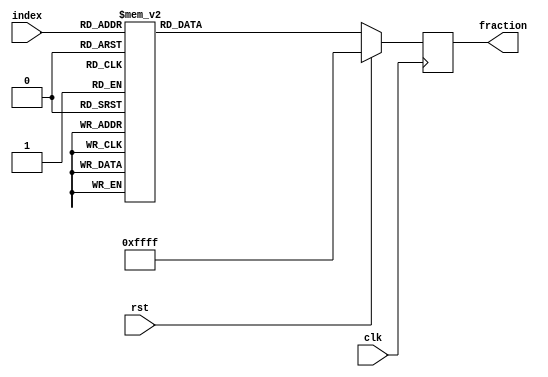
// This program was cloned from: https://github.com/IBM/AccDNN
// License: Apache License 2.0

module fraction_table (clk, rst, index, fraction);
input clk;
input rst;
input [5:0] index;
output reg[15:0] fraction;

always @ (posedge clk)
begin 
  if (rst)
    fraction <= 16'hFFFF;
  else
    begin
      case (index)
        6'd0:  fraction <= 16'd8192;
        6'd1:  fraction <= 16'd4096;
        6'd2:  fraction <= 16'd2730;
        6'd3:  fraction <= 16'd2048;
        6'd4:  fraction <= 16'd1638;
        6'd5:  fraction <= 16'd1365;
        6'd6:  fraction <= 16'd1170;
        6'd7:  fraction <= 16'd1024;
        6'd8:  fraction <= 16'd910;
        6'd9:  fraction <= 16'd819;
        6'd10:  fraction <= 16'd744;
        6'd11:  fraction <= 16'd682;
        6'd12:  fraction <= 16'd630;
        6'd13:  fraction <= 16'd585;
        6'd14:  fraction <= 16'd546;
        6'd15:  fraction <= 16'd512;
        6'd16:  fraction <= 16'd481;
        6'd17:  fraction <= 16'd455;
        6'd18:  fraction <= 16'd431;
        6'd19:  fraction <= 16'd409;
        6'd20:  fraction <= 16'd390;
        6'd21:  fraction <= 16'd372;
        6'd22:  fraction <= 16'd356;
        6'd23:  fraction <= 16'd341;
        6'd24:  fraction <= 16'd327;
        6'd25:  fraction <= 16'd315;
        6'd26:  fraction <= 16'd303;
        6'd27:  fraction <= 16'd292;
        6'd28:  fraction <= 16'd282;
        6'd29:  fraction <= 16'd273;
        6'd30:  fraction <= 16'd264;
        6'd31:  fraction <= 16'd256;
        6'd32:  fraction <= 16'd248;
        6'd33:  fraction <= 16'd240;
        6'd34:  fraction <= 16'd234;
        6'd35:  fraction <= 16'd227;
        6'd36:  fraction <= 16'd221;
        6'd37:  fraction <= 16'd215;
        6'd38:  fraction <= 16'd210;
        6'd39:  fraction <= 16'd204;
        6'd40:  fraction <= 16'd199;
        6'd41:  fraction <= 16'd195;
        6'd42:  fraction <= 16'd190;
        6'd43:  fraction <= 16'd186;
        6'd44:  fraction <= 16'd182;
        6'd45:  fraction <= 16'd178;
        6'd46:  fraction <= 16'd174;
        6'd47:  fraction <= 16'd170;
        6'd48:  fraction <= 16'd167;
        6'd49:  fraction <= 16'd163;
        6'd50:  fraction <= 16'd160;
        6'd51:  fraction <= 16'd157;
        6'd52:  fraction <= 16'd154;
        6'd53:  fraction <= 16'd151;
        6'd54:  fraction <= 16'd148;
        6'd55:  fraction <= 16'd146;
        6'd56:  fraction <= 16'd143;
        6'd57:  fraction <= 16'd141;
        6'd58:  fraction <= 16'd138;
        6'd59:  fraction <= 16'd136;
        6'd60:  fraction <= 16'd134;
        6'd61:  fraction <= 16'd132;
        6'd62:  fraction <= 16'd130;
        6'd63:  fraction <= 16'd128;
      endcase
    end
  end
endmodule